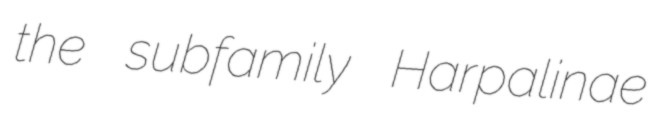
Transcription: the subfamily Harpalinae